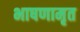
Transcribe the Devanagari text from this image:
भाषणामृत